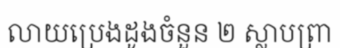
លាយប្រេងដូងចំនួន ២ ស្លាបព្រា